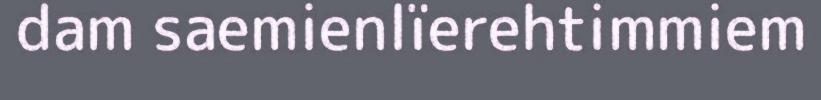
dam saemienlïerehtimmiem